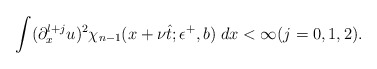
\begin{align*}\int (\partial_x^{l+j}u)^2 \chi_{n-1}(x+\nu\hat{t};\epsilon^+,b) \; dx < \infty(j=0,1,2).\end{align*}